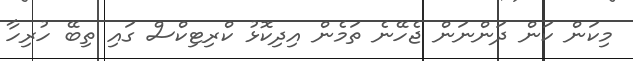
މިކަން ކަން ދަންނަން ޖެހޭނެ ތަމެން އިދިކޮޅު ކްރިޓިކްސް ގައި ތިބޭ ހުރިހާ